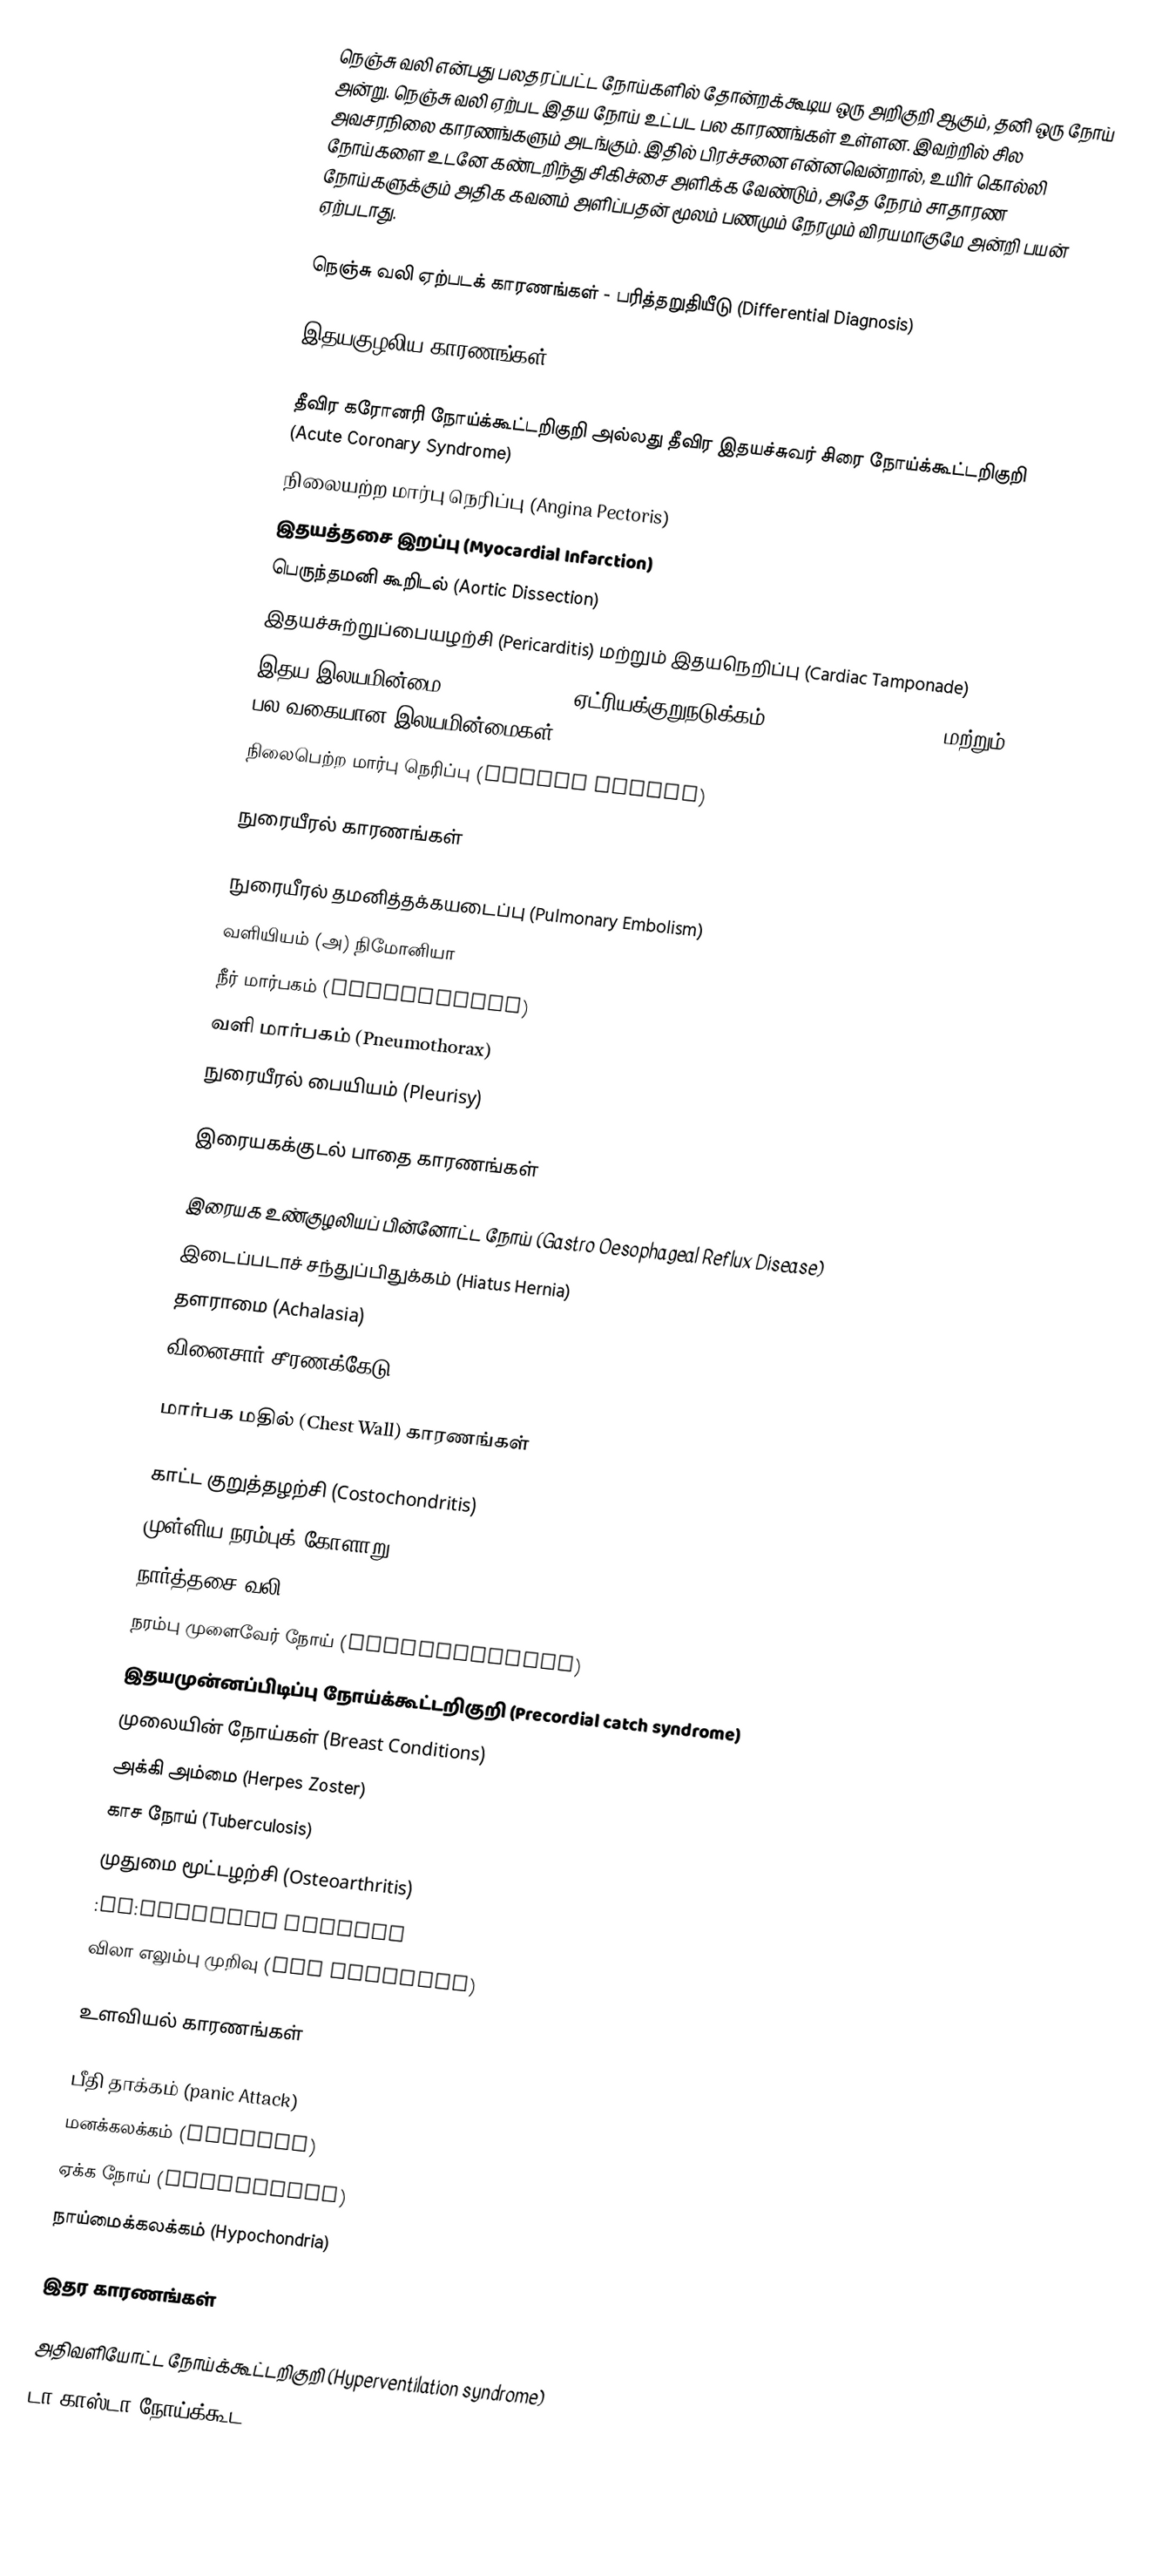
நெஞ்சு வலி என்பது பலதரப்பட்ட நோய்களில் தோன்றக்கூடிய ஒரு அறிகுறி ஆகும், தனி ஒரு நோய் அன்று. நெஞ்சு வலி ஏற்பட இதய நோய் உட்பட பல காரணங்கள் உள்ளன. இவற்றில் சில அவசரநிலை காரணங்களும் அடங்கும். இதில் பிரச்சனை என்னவென்றால், உயிர் கொல்லி நோய்களை உடனே கண்டறிந்து சிகிச்சை அளிக்க வேண்டும், அதே நேரம் சாதாரண நோய்களுக்கும் அதிக கவனம் அளிப்பதன் மூலம் பணமும் நேரமும் விரயமாகுமே அன்றி பயன் ஏற்படாது.

நெஞ்சு வலி ஏற்படக் காரணங்கள் - பரித்தறுதியீடு (Differential Diagnosis)

இதயகுழலிய காரணங்கள்

 தீவிர கரோனரி நோய்க்கூட்டறிகுறி அல்லது தீவிர இதயச்சுவர் சிரை நோய்க்கூட்டறிகுறி (Acute Coronary Syndrome)
 நிலையற்ற மார்பு நெரிப்பு (Angina Pectoris)
 இதயத்தசை இறப்பு (Myocardial Infarction)
 பெருந்தமனி கூறிடல் (Aortic Dissection)
 இதயச்சுற்றுப்பையழற்சி (Pericarditis) மற்றும் இதயநெறிப்பு (Cardiac Tamponade)
 இதய இலயமின்மை (Arrhythmias) - ஏட்ரியக்குறுநடுக்கம் (Atrial Fibrillation) மற்றும் பல வகையான இலயமின்மைகள்
 நிலைபெற்ற மார்பு நெரிப்பு (Stable Angina)

நுரையீரல் காரணங்கள்

 நுரையீரல் தமனித்தக்கயடைப்பு (Pulmonary Embolism)
 வளியியம் (அ) நிமோனியா
 நீர் மார்பகம் (Hydrothorax)
 வளி மார்பகம் (Pneumothorax)
 நுரையீரல் பையியம் (Pleurisy)

இரையகக்குடல் பாதை காரணங்கள்

 இரையக உண்குழலியப் பின்னோட்ட நோய் (Gastro Oesophageal Reflux Disease)
 இடைப்படாச் சந்துப்பிதுக்கம் (Hiatus Hernia)
 தளராமை (Achalasia)
 வினைசார் சீரணக்கேடு (Functional Dyspepsia)

மார்பக மதில் (Chest Wall) காரணங்கள்

 காட்ட குறுத்தழற்சி (Costochondritis)
 முள்ளிய நரம்புக் கோளாறு (Spinal Nerve Problem)
 நார்த்தசை வலி (Fibromyalgia)
 நரம்பு முளைவேர் நோய் (radiculopathy)
 இதயமுன்னப்பிடிப்பு நோய்க்கூட்டறிகுறி (Precordial catch syndrome)
 முலையின் நோய்கள் (Breast Conditions)
 அக்கி அம்மை (Herpes Zoster)
 காச நோய் (Tuberculosis)
 முதுமை மூட்டழற்சி (Osteoarthritis)
 :en:Bornholm disease
 விலா எலும்பு முறிவு (Rib fracture)

உளவியல் காரணங்கள்

 பீதி தாக்கம் (panic Attack)
 மனக்கலக்கம் (Anxiety)
 ஏக்க நோய் (Depression)
 நாய்மைக்கலக்கம் (Hypochondria)

இதர காரணங்கள்

 அதிவளியோட்ட நோய்க்கூட்டறிகுறி (Hyperventilation syndrome)
 டா காஸ்டா நோய்க்கூட